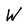
Character: W